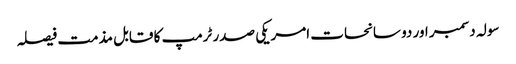
سولہ دسمبر اور دو سانحات	 امریکی صدر ٹرمپ کا قابل مذمت فیصلہ